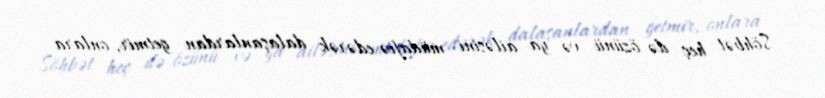
Söhbət heç də özünü və ya ailəsini müdafiə edərək dalaşanlardan getmir, onlara